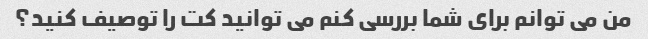
من می توانم برای شما بررسی کنم می توانید کت را توصیف کنید؟